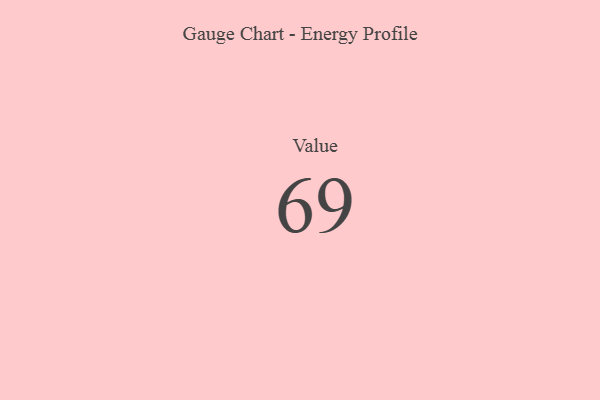
{"axis": {"x": "Metric", "y": "Value"}, "legend": [""], "data": [{"x": "Value", "y": 69, "type": ""}]}